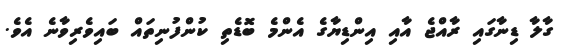
ގާލާ ޑިނާގައި ރާއްޖެ އާއި އިންޑިޔާގެ އެންމެ ބޮޑެތި ކުންފުނިތައް ބައިވެރިވާނެ އެވެ.